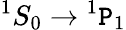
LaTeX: {}^{1}S_{0}\rightarrow{}^{1}\mathtt{P}_{1}